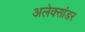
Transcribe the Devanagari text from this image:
अलेक्सांडर